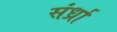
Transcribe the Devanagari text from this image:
संर्ध्रा